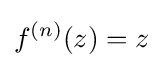
f^{(n)}(z)=z